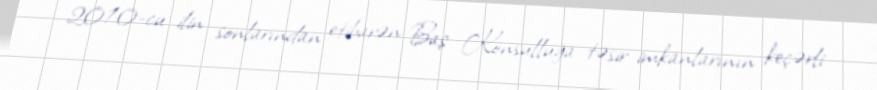
2010-cu ilin sonlarından etibarən Baş Konsulluğa təsir imkanlarının keçərli